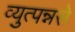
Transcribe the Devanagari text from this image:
व्युत्पन्नसे